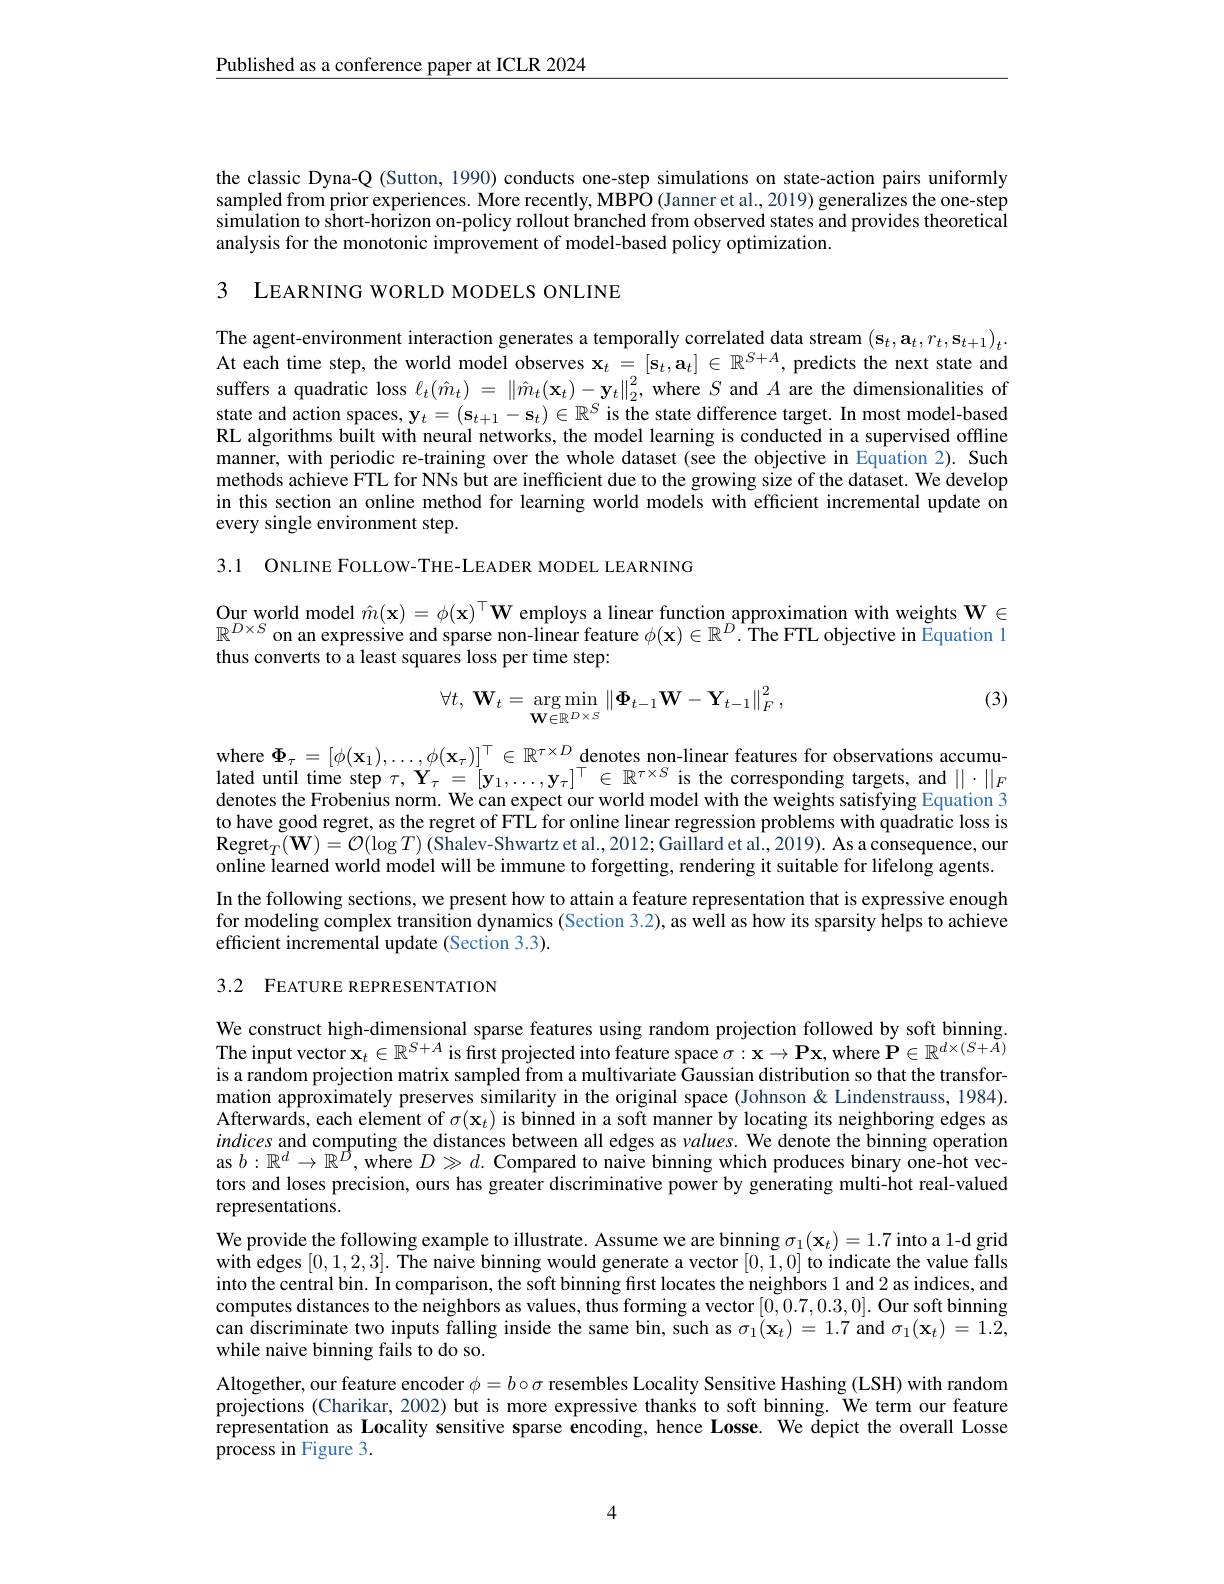
$\underline{\text{Published as a conference paper at ICLR 2024}}$

the classic Dyna-Q (Sutton, 1990) conducts one-step simulations on state-action pairs uniformly sampled from prior experiences. More recently, MBPO (Janner et al., 2019) generalizes the one-step simulation to short-horizon on-policy rollout branched from observed states and provides theoretical analysis for the monotonic improvement of model-based policy optimization.

3 LEARNING WORLD MODELS ONLINE

The agent-environment interaction generates a temporally correlated data stream $(\mathbf{s}_t,\mathbf{a}_t,r_t,\mathbf{s}_{t+1})_t.$ At each time step, the world model observes $\mathbf{x}_t=[\mathbf{s}_t,\mathbf{a}_t]\in\mathbb{R}^{S+A}$, predicts the next state and suffers a quadratic loss $\ell_{t}(\hat{m}_{t})~=~\left\|\hat{m}_{t}(\mathbf{x}_{t})-\mathbf{y}_{t}\right\|_{2}^{2}$, where $S$ and $A$ are the dimensionalities of state and action spaces, $\mathbf{y}_t=(\mathbf{s}_{t+1}-\mathbf{s}_t)\in\mathbb{R}^S$ is the state difference target. In most model-based RL algorithms built with neural networks, the model learning is conducted in a supervised offline manner, with periodic re-training over the whole dataset (see the objective in Equation 2). Such methods achieve FTL for NNs but are inefficient due to the growing size of the dataset. We develop in this section an online method for learning world models with efficient incremental update on every single environment step.

3.1 ONLINE FOLLOW-THE-LEADER MODEL LEARNING

# $\underset{{\mathbb{m}D\times S}}{\operatorname*{\operatorname*{Our~world~model~}\hat{m}(\mathbf{x})=\phi(\mathbf{x})^\top}\mathbf{W}}$ employs a linear function approximation with weights $\mathbf{W}\in$ $\mathbb{R}^{D\times S}$ on an expressive and sparse non-linear feature $\phi(\mathbf{x})\in\mathbb{R}^D.$The FTL objective in Equation 1 thus converts to a least squares loss per time step:

(3)
$$\forall t,\:\mathbf{W}_t=\underset{\mathbf{W}\in\mathbb{R}^{D\times S}}{\arg\min}\left\|\mathbf{\Phi}_{t-1}\mathbf{W}-\mathbf{Y}_{t-1}\right\|_F^2,$$
where $\Phi_\tau=[\phi(\mathbf{x}_1),\ldots,\phi(\mathbf{x}_\tau)]_{[}^{\top}\in\mathbb{R}^{\tau\times D}\underset{[T-T]}{\operatorname*{denotes~non-linear~features~for~observations~accumu-}}$ lated until time step $\tau,\mathbf{Y}_\tau=[\mathbf{y}_1,\ldots,\mathbf{y}_\tau]^\top\in\mathbb{R}^{\tau\times S}$ is the corresponding targets, and $||\cdot||_F$ denotes the Frobenius norm. We can expect our world model with the weights satisfying Equation 3 to have good regret, as the regret of FTL for online linear regression problems with quadratic loss is $\mathrm{Regret}_{T}( \mathbf{W} ) = \mathcal{O} ( \log T)$ (Shalev-Shwartz et al., 2012; Gaillard et al., 2019). As a consequence, our online learned world model will be immune to forgetting, rendering it suitable for lifelong agents. In the following sections, we present how to attain a feature representation that is expressive enough for modeling complex transition dynamics (Section 3.2), as well as how its sparsity helps to achieve efficient incremental update (Section 3.3).

3.2 FEATURE REPRESENTATION

We construct high-dimensional sparse features using random projection followed by soft binning. The input vector $\mathbf{x}_t\in\mathbb{R}^S+A$ is first projected into feature space $\sigma:\mathbf{x}\to\mathbf{P}\mathbf{x}$, where $\dot{\mathbf{P}}\in\mathbb{R}^d\times(S+\tilde{A})$ is a random projection matrix sampled from a multivariate Gaussian distribution so that the transformation approximately preserves similarity in the original space (Johnson & Lindenstrauss, 1984). Afterwards, each element of $\sigma(\mathbf{x}_{t})$ is binned in a soft manner by locating its neighboring edges as indices and computing the distances between all edges as values. We denote the binning operation as $b:\mathbb{R}^d\to\mathbb{R}^{\vec{D}}$, where $D\gg d.$ Compared to naive binning which produces binary one-hot vectors and loses precision, ours has greater discriminative power by generating multi-hot real-valued representations.
We provide the following example to illustrate. Assume we are binning $\sigma_1(\mathbf{x}_t)=1.7$ into a 1-d grid with edges [0,1,2,3]. The naive binning would generate a vector [0,1,0] to indicate the value falls into the central bin. In comparison, the soft binning first locates the neighbors 1 and 2 as indices, and computes distances to the neighbors as values, thus forming a vector [0,0.7,0.3,0]. Our soft binning can discriminate two inputs falling inside the same bin, such as $\sigma_1(\mathbf{x}_t)=1.7$ and $\sigma_1(\mathbf{x}_t)=1.2$, while naive binning fails to do so.
Altogether, our feature encoder $\phi=b\circ\sigma$ resembles Locality Sensitive Hashing (LSH) with random projections (Charikar, 2002) but is more expressive thanks to soft binning. We term our feature representation as Locality sensitive sparse encoding, hence Losse. We $\tilde{\text{depict the overall Losse}}$ process in Figure 3.

4